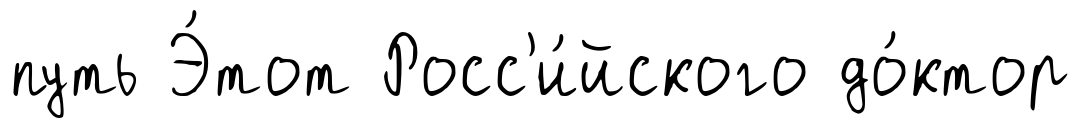
путь Э́тот Росс'и́йского до́ктор